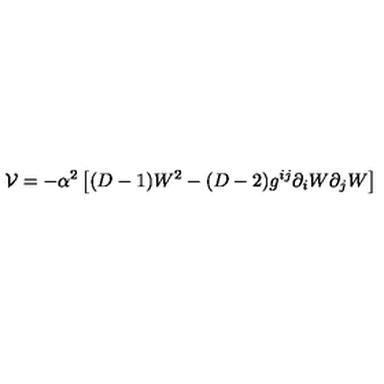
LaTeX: \mathcal { V } = - \alpha ^ { 2 } \left[ ( D - 1 ) W ^ { 2 } - ( D - 2 ) g ^ { i j } \partial _ { i } W \partial _ { j } W \right]